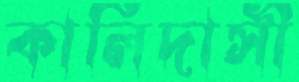
কালিদাসী